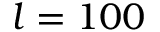
l = 1 0 0